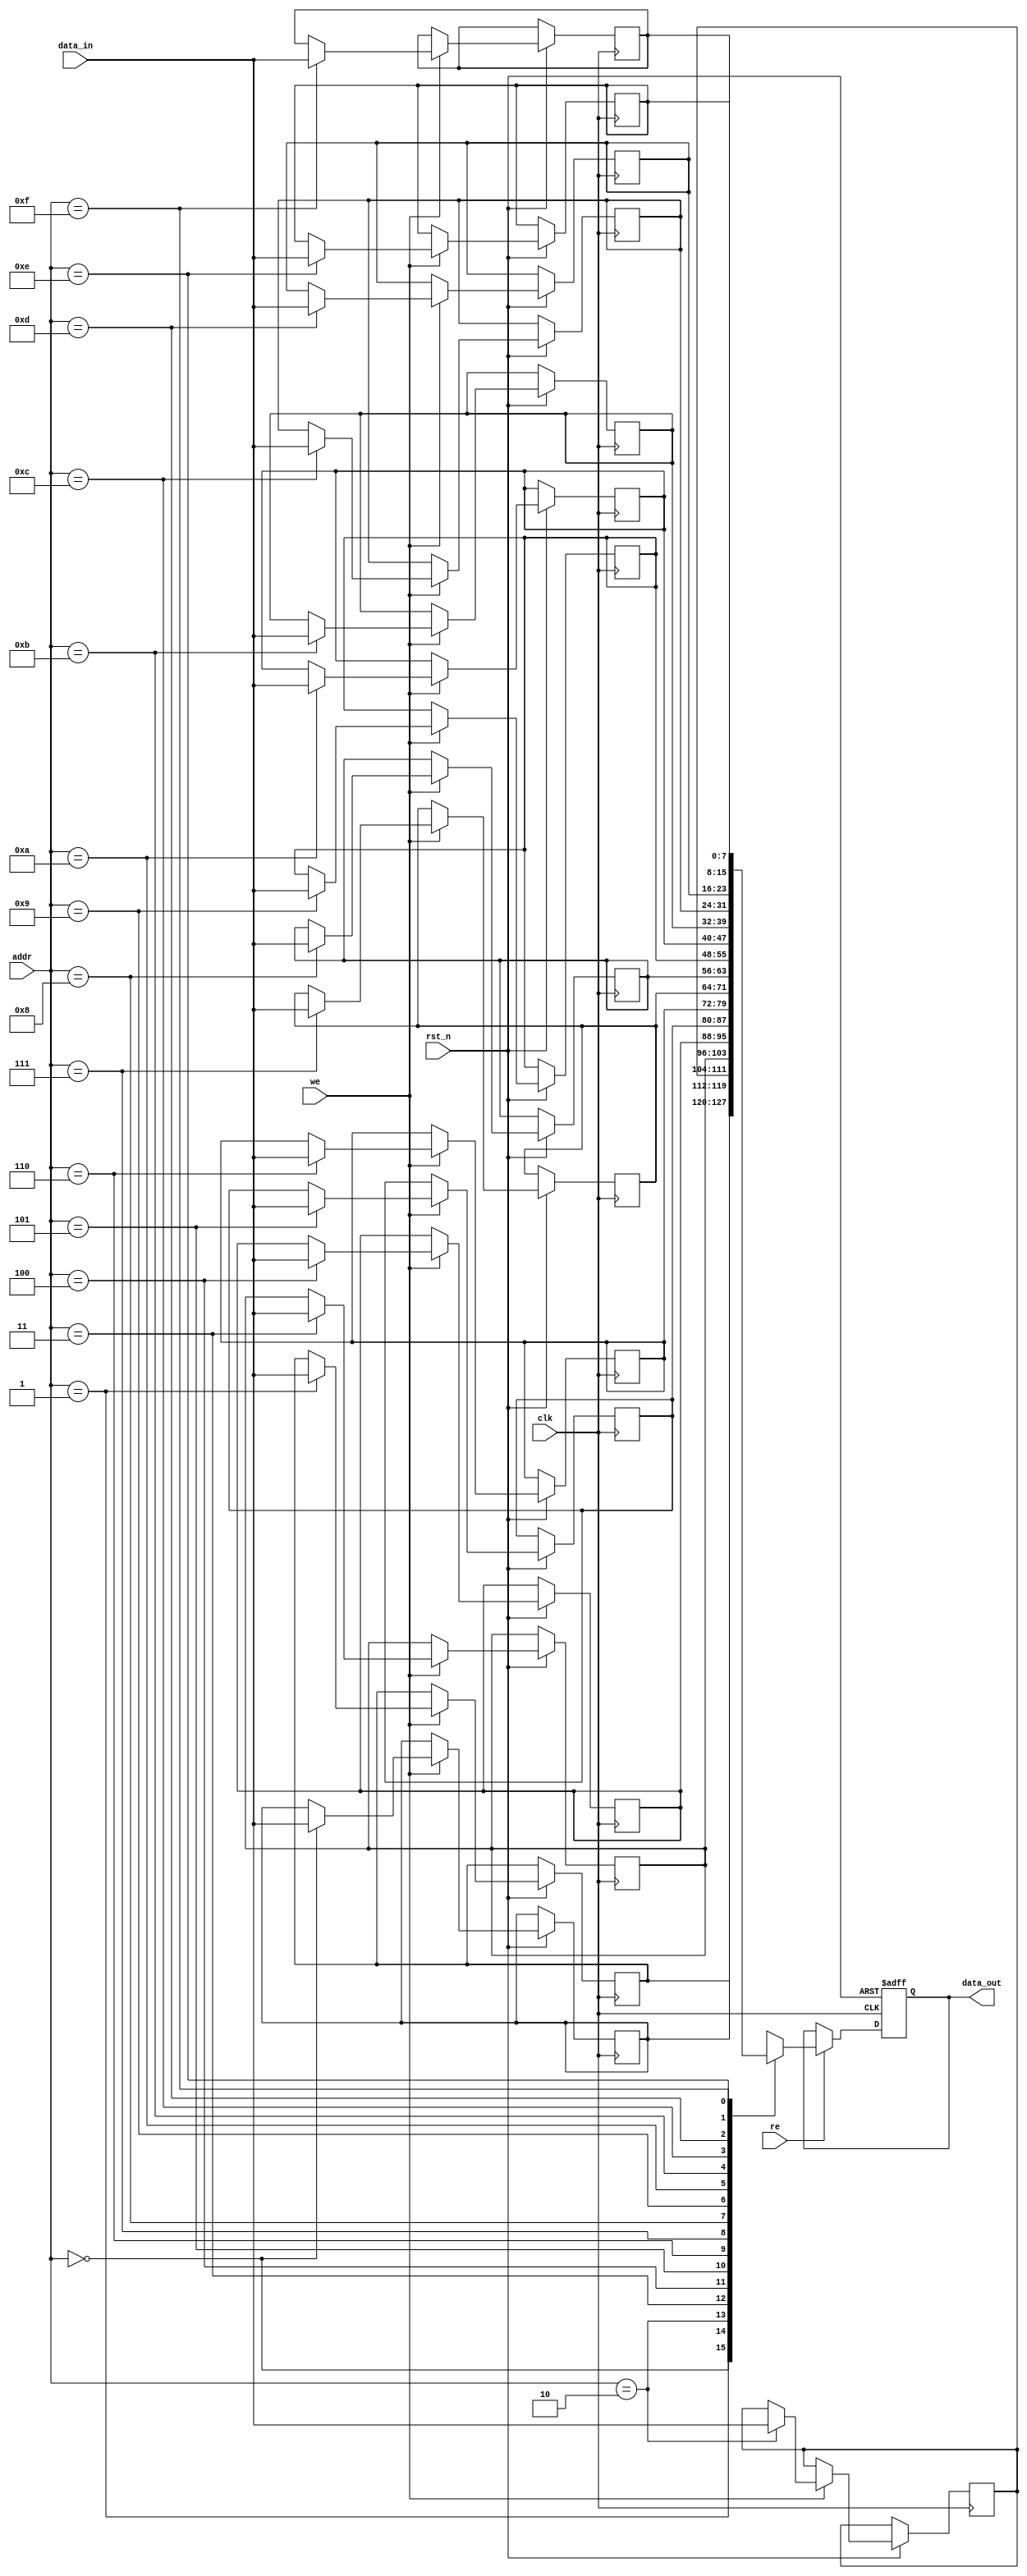
module low_power_sram #(
    parameter ADDR_WIDTH = 4,  // Address width (e.g., 4 bits for 16 words)
    parameter DATA_WIDTH = 8,   // Data width (e.g., 8 bits)
    parameter MEM_SIZE = 1 << ADDR_WIDTH // Memory size
)(
    input wire clk,
    input wire rst_n,
    input wire [ADDR_WIDTH-1:0] addr, // Address input
    input wire [DATA_WIDTH-1:0] data_in, // Data input
    input wire we, // Write enable
    input wire re, // Read enable
    output reg [DATA_WIDTH-1:0] data_out // Data output
);

    // Memory array (2D array of registers)
    reg [DATA_WIDTH-1:0] memory [0:MEM_SIZE-1];

    // Control logic
    always @(posedge clk or negedge rst_n) begin
        if (!rst_n) begin
            // Reset logic if needed
            data_out <= 0;
        end else begin
            if (we) begin
                // Write operation
                memory[addr] <= data_in;
            end
            if (re) begin
                // Read operation
                data_out <= memory[addr];
            end
        end
    end

    // Power management (simplified)
    // In a real design, you would implement power gating and clock gating here

endmodule